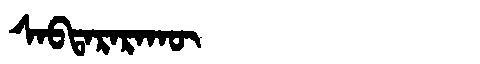
Manchu: ᠰᠠᠪᡨᠠᡵᠠᡵᠠᡴᡡ
Romanization: SABTARARAKŪ